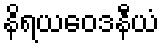
နိရယဝေဒနီယံ